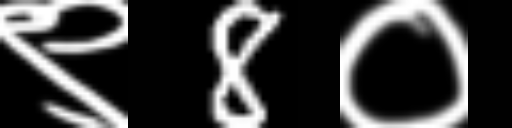
Text: ९8०